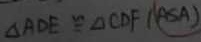
\Delta A D E \cong \Delta C D F ( A S A )